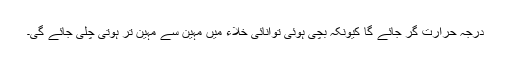
درجہ حرارت گر جائے گا کیونکہ بچی ہوئی توانائی خلاء میں مہین سے مہین تر ہوتی چلی جائے گی۔